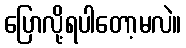
ပြောလို့ရပါတော့မလဲ။